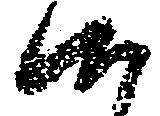
候